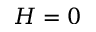
H = 0